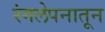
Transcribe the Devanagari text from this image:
रंगलेपनातून